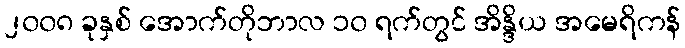
၂၀၀၈ ခုနှစ် အောက်တိုဘာလ ၁၀ ရက်တွင် အိန္ဒိယ အမေရိကန်